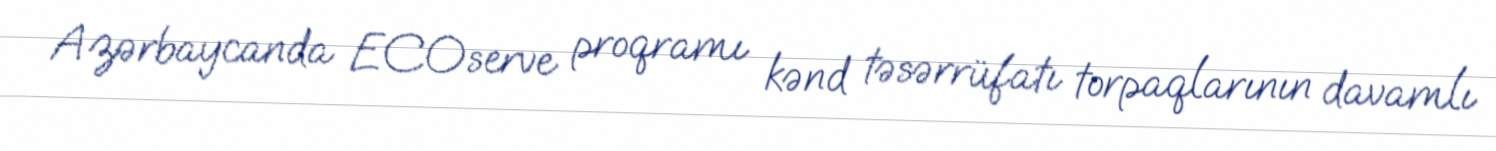
Azərbaycanda ECOserve proqramı kənd təsərrüfatı torpaqlarının davamlı